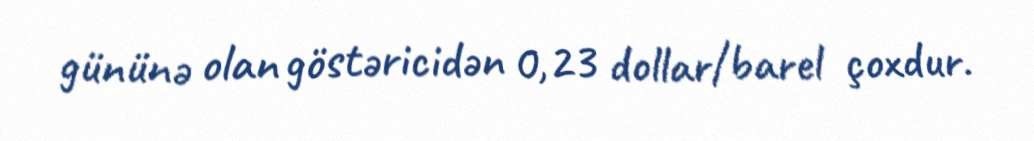
gününə olan göstəricidən 0,23 dollar/barel çoxdur.